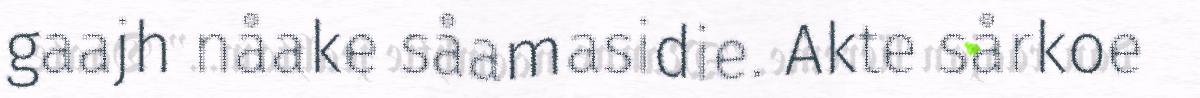
gaajh nåake såamasidie. Akte sårkoe